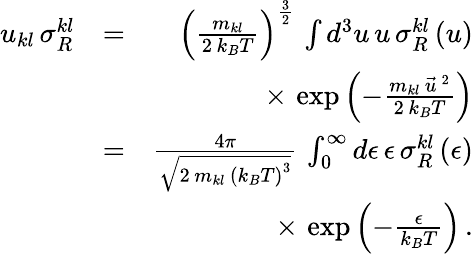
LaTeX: \begin{array}{rlr}{u_{kl}\, \sigma_{R}^{kl}}&{=}&{\left(\frac{m_{kl}}{2\, k_{B}T}\right)^{\frac{3}{2}}\, \int d^{3}u\, u\, \sigma_{R}^{kl}\left(u\right)}\\ &{}&{\times\, \exp\left(-\frac{m_{kl}\, \vec{u}^{\, 2}}{2\, k_{B}T}\right)}\\ &{=}&{\frac{4\pi}{\sqrt{2\, m_{kl}\, \left(k_{B}T\right)^{3}}}\, \int_{0}^{\infty}d\epsilon\, \epsilon\, \sigma_{R}^{kl}\left(\epsilon\right)}\\ &{}&{\times\, \exp\left(-\frac{\epsilon}{k_{B}T}\right)\, .}\end{array}